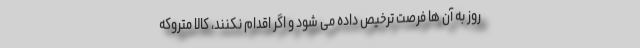
روز به آن ها فرصت ترخیص داده می شود و اگر اقدام نکنند، کالا متروکه